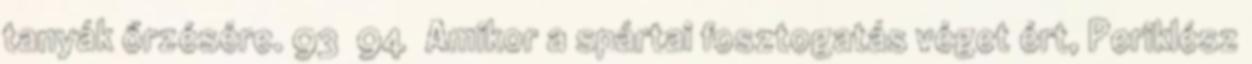
tanyák őrzésére. 93 94 Amikor a spártai fosztogatás véget ért, Periklész